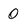
Character: 0